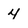
Character: 4